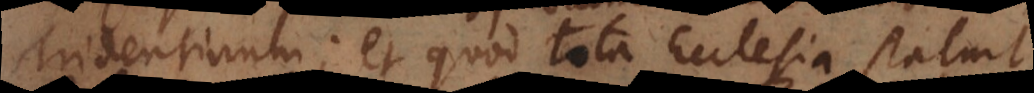
Tridentinum; et quod tota Ecclesia statuit